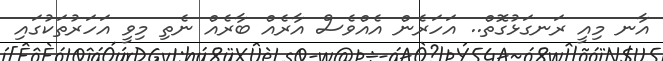
އާނ މިއީ ރަނގަޅުގޮތް.. އަހަރެން އެއްވެސް އާރެއް ބާރެއް ނެތި މިވީ އަހަރުތަކުގައި